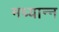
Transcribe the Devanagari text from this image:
मध्यान्न